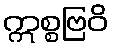
ဣစ္စဗြဝိ